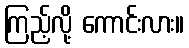
ကြည့်လို့ ကောင်းလား။